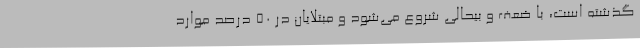
گذشته است، با ضعف و بیحالی شروع می‌شود و مبتلایان در 50 درصد موارد